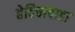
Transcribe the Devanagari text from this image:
हेदिचापाडा